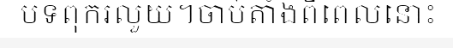
បទពុករលួយ។ចាប់តាំងពីពេលនោះ